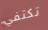
تكتفي